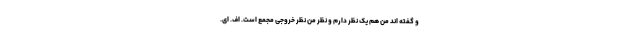
و گفته اند من هم یک نظر دارم و نظر من نظر خروجی مجمع است. اف. ای.